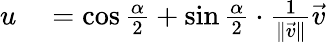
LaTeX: \begin{array}{rl}{u}&{{}=\cos{\frac{\alpha}{2}}+\sin{\frac{\alpha}{2}}\cdot{\frac{1}{\| {\vec{v}}\| }}{\vec{v}}}\end{array}